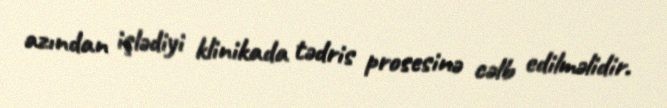
azından işlədiyi klinikada tədris prosesinə cəlb edilməlidir.